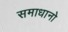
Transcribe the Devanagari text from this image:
समाधानो